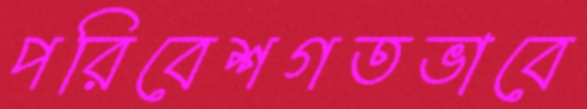
পরিবেশগতভাবে